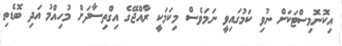
އިކޮނޮމިސްޓަކަށް ނުވި ކަމުގައިވީ ނަމަވެސް މިކަމަކީ ރާއްޖޭގެ އިގްތިސާދަށް މުހިއްމު އަދި ބޮޑެތި